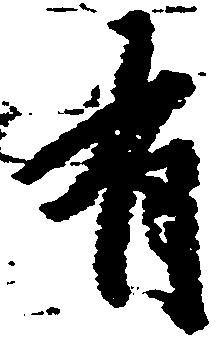
有